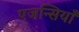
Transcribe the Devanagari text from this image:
एजन्सियाँ